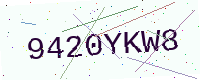
Text: 9420YKW8